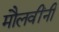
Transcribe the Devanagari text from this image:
मौलवींनी